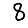
Digit: 8